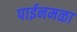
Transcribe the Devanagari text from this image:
पाईनमळा